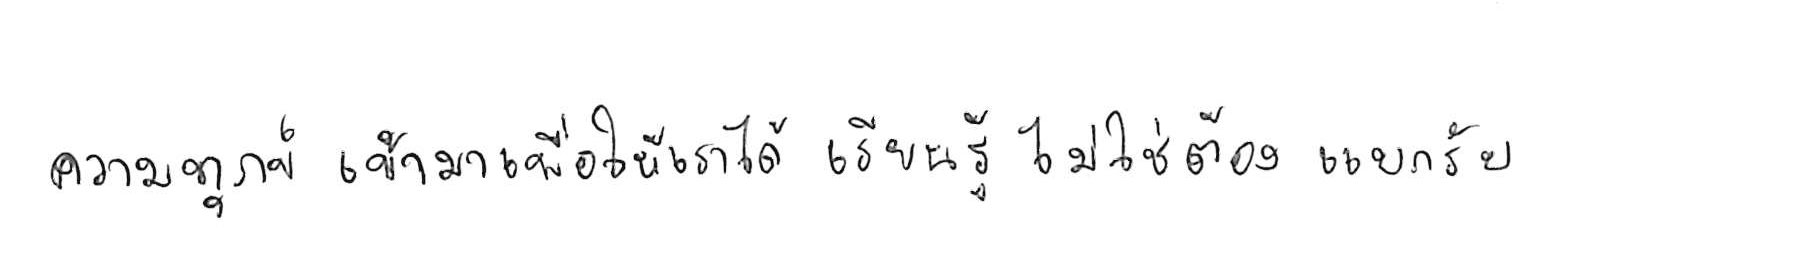
ความทุกข์ เข้ามาเพื่อให้เราได้ เรียนรู้ ไม่ใช่ต้อง แบกรับ